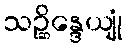
သဉ္ဆိန္ဒေယျုံ